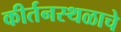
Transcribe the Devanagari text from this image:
कीर्तनस्थळाचे